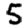
Digit: 5